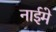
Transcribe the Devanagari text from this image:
नाईमे